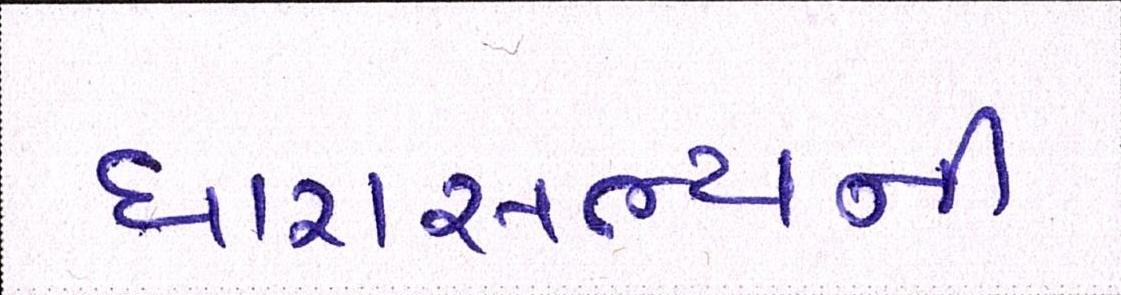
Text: ધારાસભ્યની